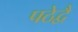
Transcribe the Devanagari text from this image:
पठेद्वै